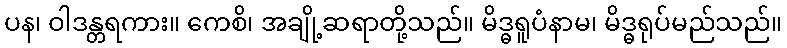
ပန၊ ဝါဒန္တရကား။ ကေစိ၊ အချို့ဆရာတို့သည်။ မိဒ္ဓရူပံနာမ၊ မိဒ္ဓရုပ်မည်သည်။